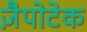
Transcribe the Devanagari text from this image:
ज़ैपोटेक